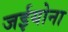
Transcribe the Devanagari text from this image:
जईयोना